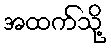
အထက်သို့